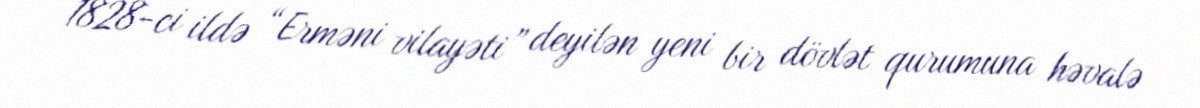
1828-ci ildə “Erməni vilayəti” deyilən yeni bir dövlət qurumuna həvalə